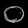
Digit: ၀